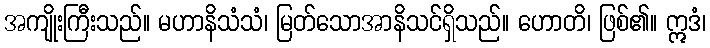
အကျိုးကြီးသည်။ မဟာနိသံသံ၊ မြတ်သောအာနိသင်ရှိသည်။ ဟောတိ၊ ဖြစ်၏။ ဣဒံ၊